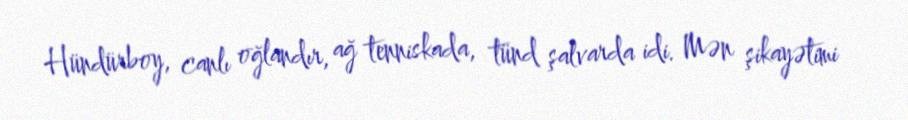
Hündürboy, canlı oğlandır, ağ tenniskada, tünd şalvarda idi. Mən şikayətimi